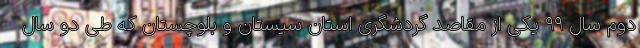
دوم سال ۹۹ یکی از مقاصد گردشگری استان سیستان و بلوچستان که طی دو سال